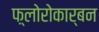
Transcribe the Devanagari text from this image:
फ़्लोरोकार्बन